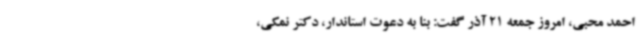
احمد محبی، امروز جمعه 21 آذر گفت: بنا به دعوت استاندار، دکتر نمکی،